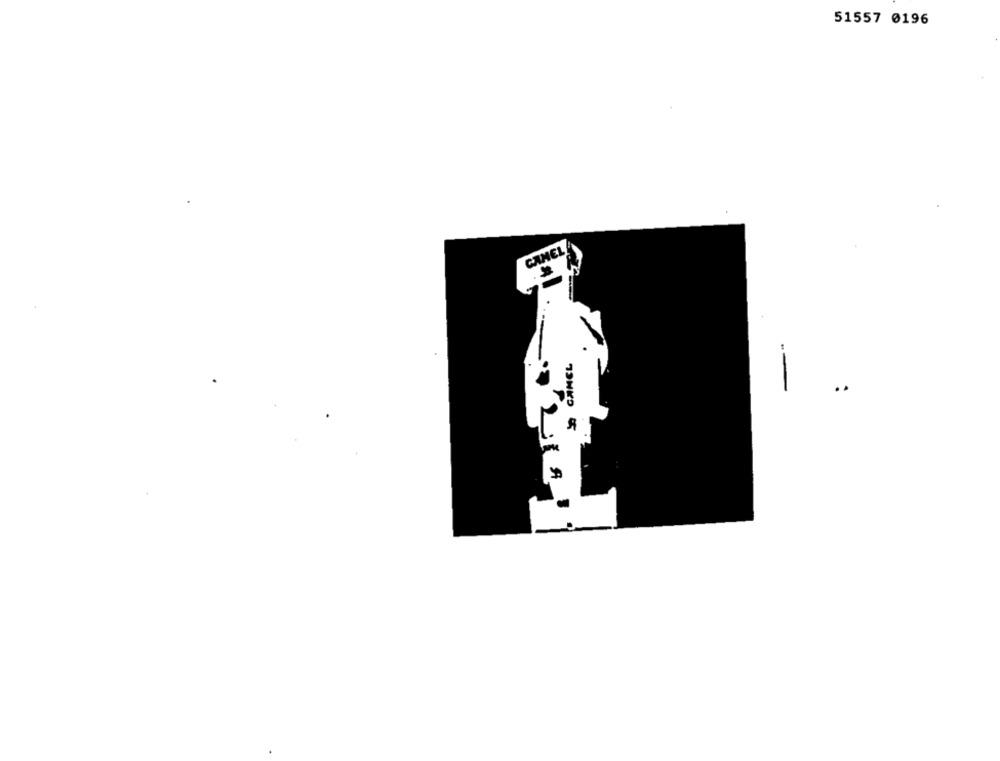
51557 0196
CAMELA
CAMEL